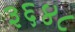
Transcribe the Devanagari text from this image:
३६४८